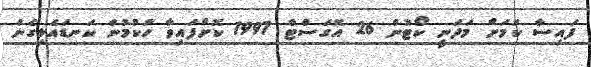
ފައިސާ ކަމަށް މަދަނީ ކޯޓުން 26 އޮގަސްޓް 1997 ކޮށްފައިވާ ހުކުމުން ކަނޑައެޅިގެން